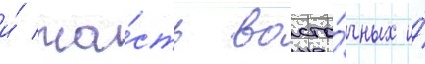
и́ ча́сть восто́чных и́